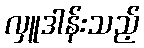
လှူဒါန်းသည့်